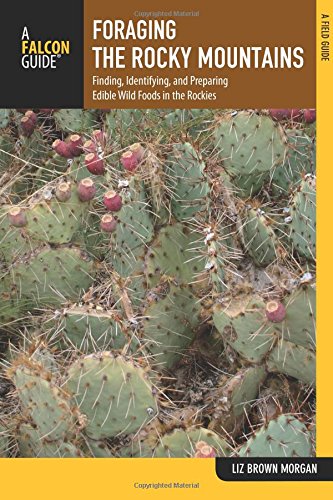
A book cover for Foraging the Rocky Mountains: Finding, Identifying, And Preparing Edible Wild Foods In The Rockies (Foraging Series); Lizbeth Morgan; Sports & Outdoors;